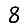
Digit: 8